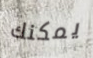
يمكنك